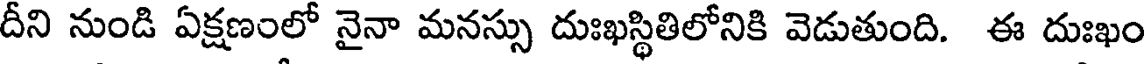
దీని నుండి ఏక్షణంలో నైనా మనస్సు దుఃఖస్థితిలోనికి వెడుతుంది. ఈ దుఃఖం